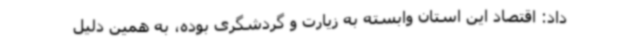
داد: اقتصاد این استان وابسته به زیارت و گردشگری بوده، به همین دلیل